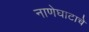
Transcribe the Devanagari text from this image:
नाणेघाटाचे